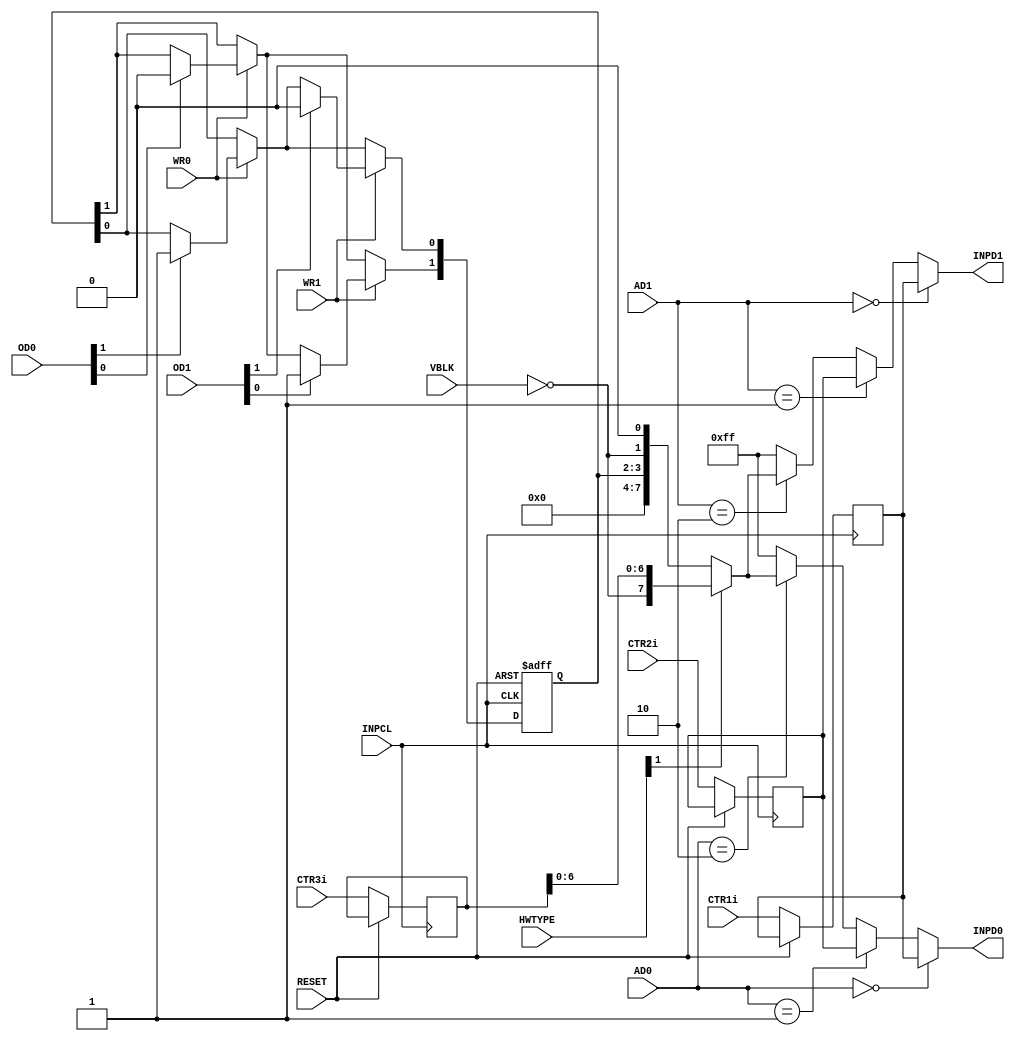
// Copyright (c) 2011 MiSTer-X

module NINJAKUN_INP
(
	input		 INPCL,
	input        RESET,
	input  [1:0] HWTYPE,

	input  [7:0] CTR1i,	// Control Panel (Negative Logic)
	input  [7:0] CTR2i,
	input  [7:0] CTR3i,
	input        VBLK, 

	input  [1:0] AD0,
	input  [1:0] OD0,
	input        WR0,

	input  [1:0] AD1,
	input  [1:0] OD1,
	input        WR1,

	output [7:0] INPD0,
	output [7:0] INPD1
);

reg [1:0] SYNCFLG;
reg [7:0] CTR1,CTR2,CTR3;
always @( posedge INPCL or posedge RESET ) begin
	if (RESET) begin
		SYNCFLG = 0;
	end
	else begin
		CTR1 <= CTR1i;
		CTR2 <= CTR2i;
		CTR3 <= CTR3i;
		if (WR0) begin
			if (OD0[1]) SYNCFLG[0] = 1;
			if (OD0[0]) SYNCFLG[1] = 0;
		end
		if (WR1) begin
			if (OD1[1]) SYNCFLG[0] = 0;
			if (OD1[0]) SYNCFLG[1] = 1;
		end
	end
end

wire [7:0] INPORT0 = CTR1;
wire [7:0] INPORT1 = CTR2;
wire [7:0] INPORT2 = HWTYPE[1] ? {~VBLK, CTR3[6:0]} : { 4'b0000, SYNCFLG, ~VBLK, 1'b0 };

assign INPD0 = ( AD0 == 0 ) ? INPORT0 :
					( AD0 == 1 ) ? INPORT1 :
					( AD0 == 2 ) ? INPORT2 : 8'hFF;

assign INPD1 = ( AD1 == 0 ) ? INPORT0 :
					( AD1 == 1 ) ? INPORT1 :
					( AD1 == 2 ) ? INPORT2 : 8'hFF;

endmodule